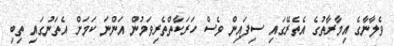
ވެލާނާގެ އިމާރާތުގެ އެތެރޭގައި ސިފައިން ވެސް ހަރަކާތްތެރިވަމުން އަންނަ ކަމަށް އެތަނުގައި ތިބި